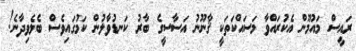
ރައީސް މައުމޫން އެކުރައްވާ މަސައްކަތަކީ ޤާނޫނު އަސާސީގެ ބާރު ކަނޑުވާލުން ކަމުގައިވެސް ބެލެވިދާނެ!